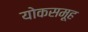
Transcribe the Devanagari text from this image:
योकसमूह